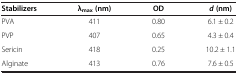
| Stabilizers | λmax (nm) | OD | d (nm) |
 | --- | --- | --- | --- |
 | PVA | 411 | 0.80 | 6.1 ± 0.2 |
 | PVP | 407 | 0.65 | 4.3 ± 0.4 |
 | Sericin | 418 | 0.25 | 10.2 ± 1.1 |
 | Alginate | 413 | 0.76 | 7.6 ± 0.5 |